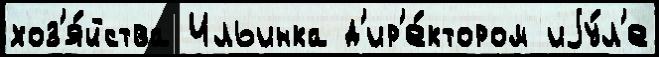
хоз'я́йства Ильинка д'ир'е́ктором иjу́л'е